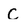
Character: C